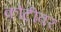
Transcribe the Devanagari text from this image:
कोटीवर